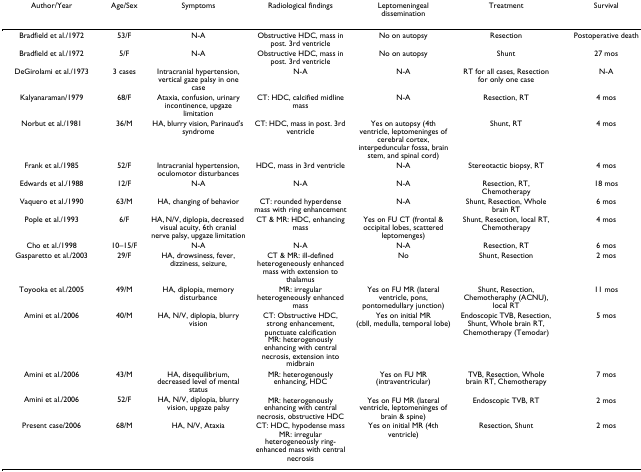
<table><thead><tr><td><b>Author/Year</b></td><td><b>Age/Sex</b></td><td><b>Symptoms</b></td><td><b>Radiological findings</b></td><td><b>Leptomeningeal dissemination</b></td><td><b>Treatment</b></td><td><b>Survival</b></td></tr></thead><tbody><tr><td>Bradfield et al./1972</td><td>53/F</td><td>N-A</td><td>Obstructive HDC, mass in post. 3rd ventricle</td><td>No on autopsy</td><td>Resection</td><td>Postoperative death</td></tr><tr><td>Bradfield et al./1972</td><td>5/F</td><td>N-A</td><td>Obstructive HDC, mass in post. 3rd ventricle</td><td>No on autopsy</td><td>Shunt</td><td>27 mos</td></tr><tr><td>DeGirolami et al./1973</td><td>3 cases</td><td>Intracranial hypertension, vertical gaze palsy in one case</td><td>N-A</td><td>N-A</td><td>RT for all cases, Resection for only one case</td><td>N-A</td></tr><tr><td>Kalyanaraman/1979</td><td>68/F</td><td>Ataxia, confusion, urinary incontinence, upgaze limitation</td><td>CT: HDC, calcified midline mass</td><td>N-A</td><td>Resection, RT</td><td>4 mos</td></tr><tr><td>Norbut et al./1981</td><td>36/M</td><td>HA, blurry vision, Parinaud&#x27;s syndrome</td><td>CT: HDC, mass in post. 3rd ventricle</td><td>Yes on autopsy (4th ventricle, leptomeninges of cerebral cortex, interpeduncular fossa, brain stem, and spinal cord)</td><td>Shunt, RT</td><td>4 mos</td></tr><tr><td>Frank et al./1985</td><td>52/F</td><td>Intracranial hypertension, oculomotor disturbances</td><td>HDC, mass in 3rd ventricle</td><td>N-A</td><td>Stereotactic biopsy, RT</td><td>4 mos</td></tr><tr><td>Edwards et al./1988</td><td>12/F</td><td>N-A</td><td>N-A</td><td>N-A</td><td>Resection, RT, Chemotherapy</td><td>18 mos</td></tr><tr><td>Vaquero et al./1990</td><td>63/M</td><td>HA, changing of behavior</td><td>CT: rounded hyperdense mass with ring enhancement</td><td>N-A</td><td>Shunt, Resection, Whole brain RT</td><td>6 mos</td></tr><tr><td>Pople et al./1993</td><td>6/F</td><td>HA, N/V, diplopia, decreased visual acuity, 6th cranial nerve palsy, upgaze limitation</td><td>CT &amp; MR: HDC, enhancing mass</td><td>Yes on FU CT (frontal &amp; occipital lobes, scattered leptomenges)</td><td>Shunt, Resection, local RT, Chemotherapy</td><td>4 mos</td></tr><tr><td>Cho et al./1998</td><td>10–15/F</td><td>N-A</td><td>N-A</td><td>N-A</td><td>Resection, RT</td><td>6 mos</td></tr><tr><td>Gasparetto et al./2003</td><td>29/F</td><td>HA, drowsiness, fever, dizziness, seizure,</td><td>CT &amp; MR: ill-defined heterogeneously enhanced mass with extension to thalamus</td><td>No</td><td>Shunt, Resection</td><td>2 mos</td></tr><tr><td>Toyooka et al./2005</td><td>49/M</td><td>HA, diplopia, memory disturbance</td><td>MR: irregular heterogeneously enhanced mass</td><td>Yes on FU MR (lateral ventricle, pons, pontomedullary junction)</td><td>Shunt, Resection, Chemotheraphy (ACNU), local RT</td><td>11 mos</td></tr><tr><td>Amini et al./2006</td><td>40/M</td><td>HA, N/V, diplopia, blurry vision</td><td>CT: Obstructive HDC, strong enhancement, punctuate calcificationMR: heterogenously enhancing with central necrosis, extension into midbrain</td><td>Yes on initial MR (cbll, medulla, temporal lobe)</td><td>Endoscopic TVB, Resection, Shunt, Whole brain RT, Chemotherapy (Temodar)</td><td>5 mos</td></tr><tr><td>Amini et al./2006</td><td>43/M</td><td>HA, disequilibrium, decreased level of mental status</td><td>MR: heterogenously enhancing, HDC</td><td>Yes on FU MR (intraventricular)</td><td>TVB, Resection, Whole brain RT, Chemotherapy</td><td>7 mos</td></tr><tr><td>Amini et al./2006</td><td>52/F</td><td>HA, N/V, diplopia, blurry vision, upgaze palsy</td><td>MR: heterogenously enhancing with central necrosis, obstructive HDC</td><td>Yes on FU MR (lateral ventricle, leptomeninges of brain &amp; spine)</td><td>Endoscopic TVB, RT</td><td>2 mos</td></tr><tr><td>Present case/2006</td><td>68/M</td><td>HA, N/V, Ataxia</td><td>CT: HDC, hypodense massMR: irregular heterogeneously ring-enhanced mass with central necrosis</td><td>Yes on initial MR (4th ventricle)</td><td>Resection, Shunt</td><td>2 mos</td></tr></tbody></table>